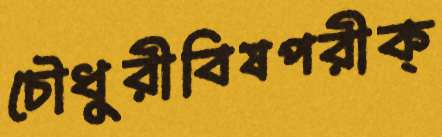
চৌধুুরীবিষপরীক্